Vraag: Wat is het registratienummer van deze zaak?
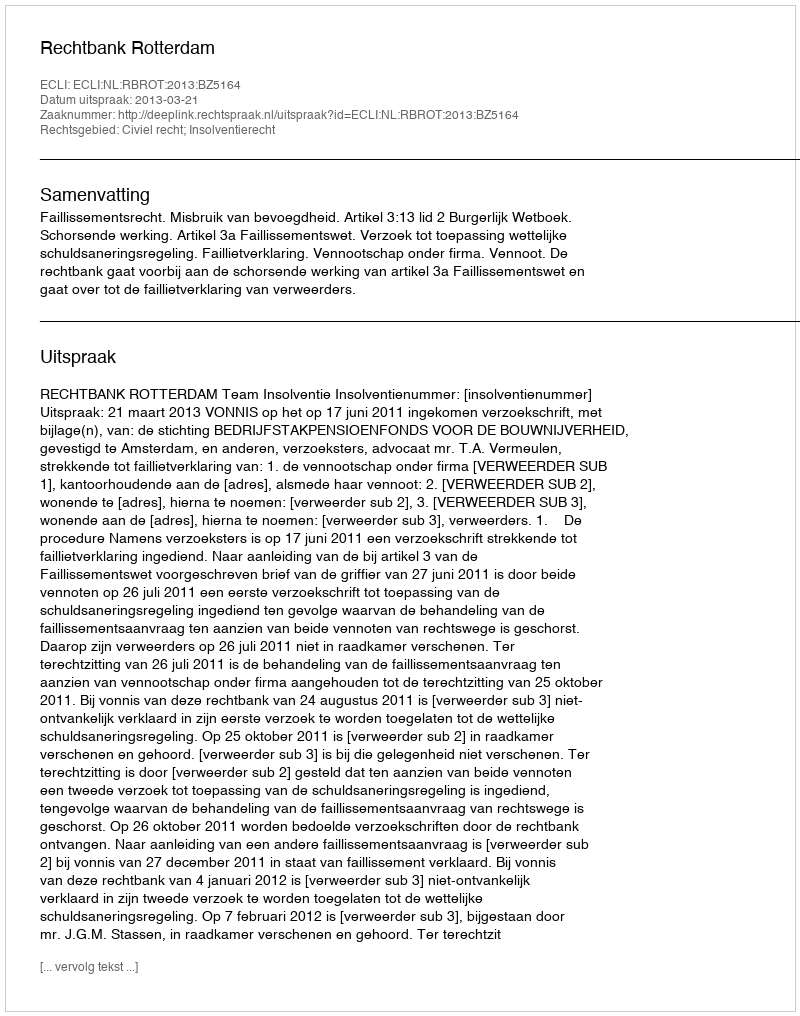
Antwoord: http://deeplink.rechtspraak.nl/uitspraak?id=ECLI:NL:RBROT:2013:BZ5164